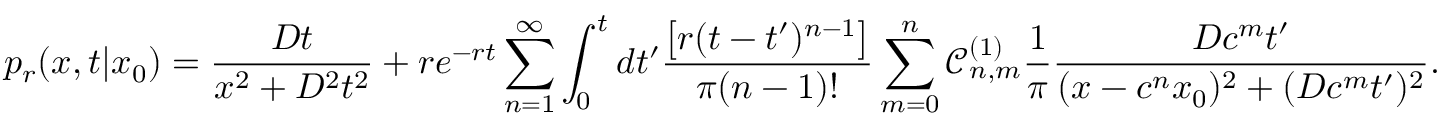
p _ { r } ( x , t | x _ { 0 } ) = \frac { D t } { x ^ { 2 } + D ^ { 2 } t ^ { 2 } } + r e ^ { - r t } \sum _ { n = 1 } ^ { \infty } \int _ { 0 } ^ { t } d t ^ { \prime } \frac { \left[ r ( t - t ^ { \prime } ) ^ { n - 1 } \right] } { \pi ( n - 1 ) ! } \sum _ { m = 0 } ^ { n } \mathcal { C } _ { n , m } ^ { ( 1 ) } \frac { 1 } { \pi } \frac { D c ^ { m } t ^ { \prime } } { ( x - c ^ { n } x _ { 0 } ) ^ { 2 } + ( D c ^ { m } t ^ { \prime } ) ^ { 2 } } .